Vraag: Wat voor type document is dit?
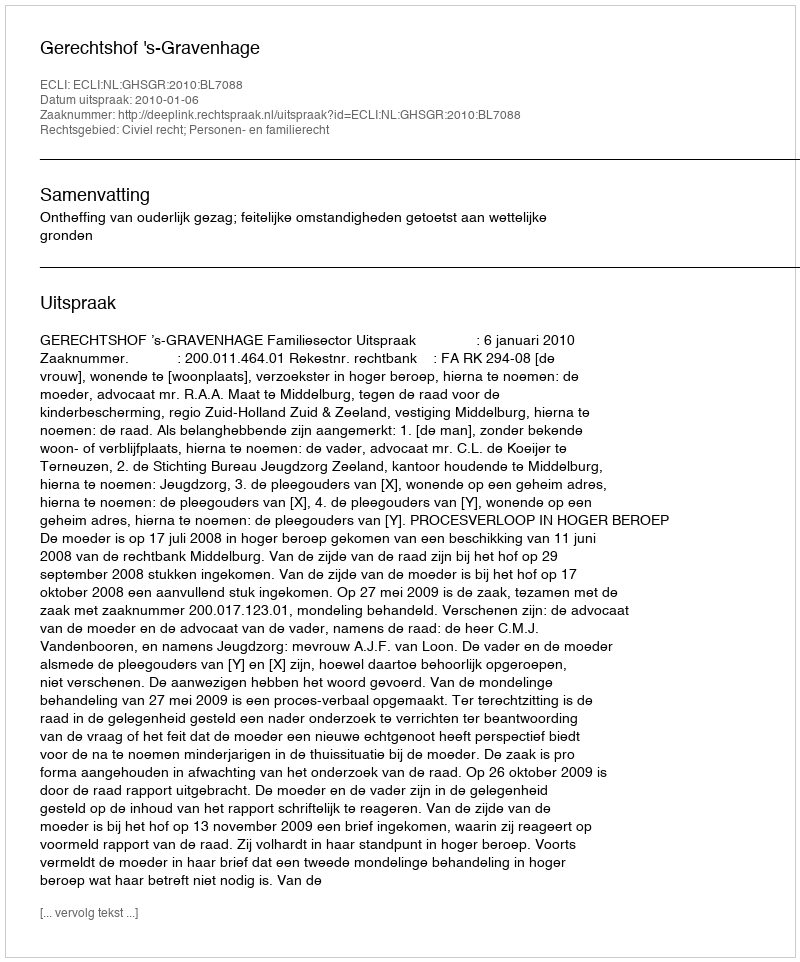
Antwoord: Uitspraak